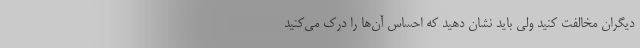
دیگران مخالفت كنید ولی باید نشان دهید كه احساس آن‌ها را درک می‌كنید